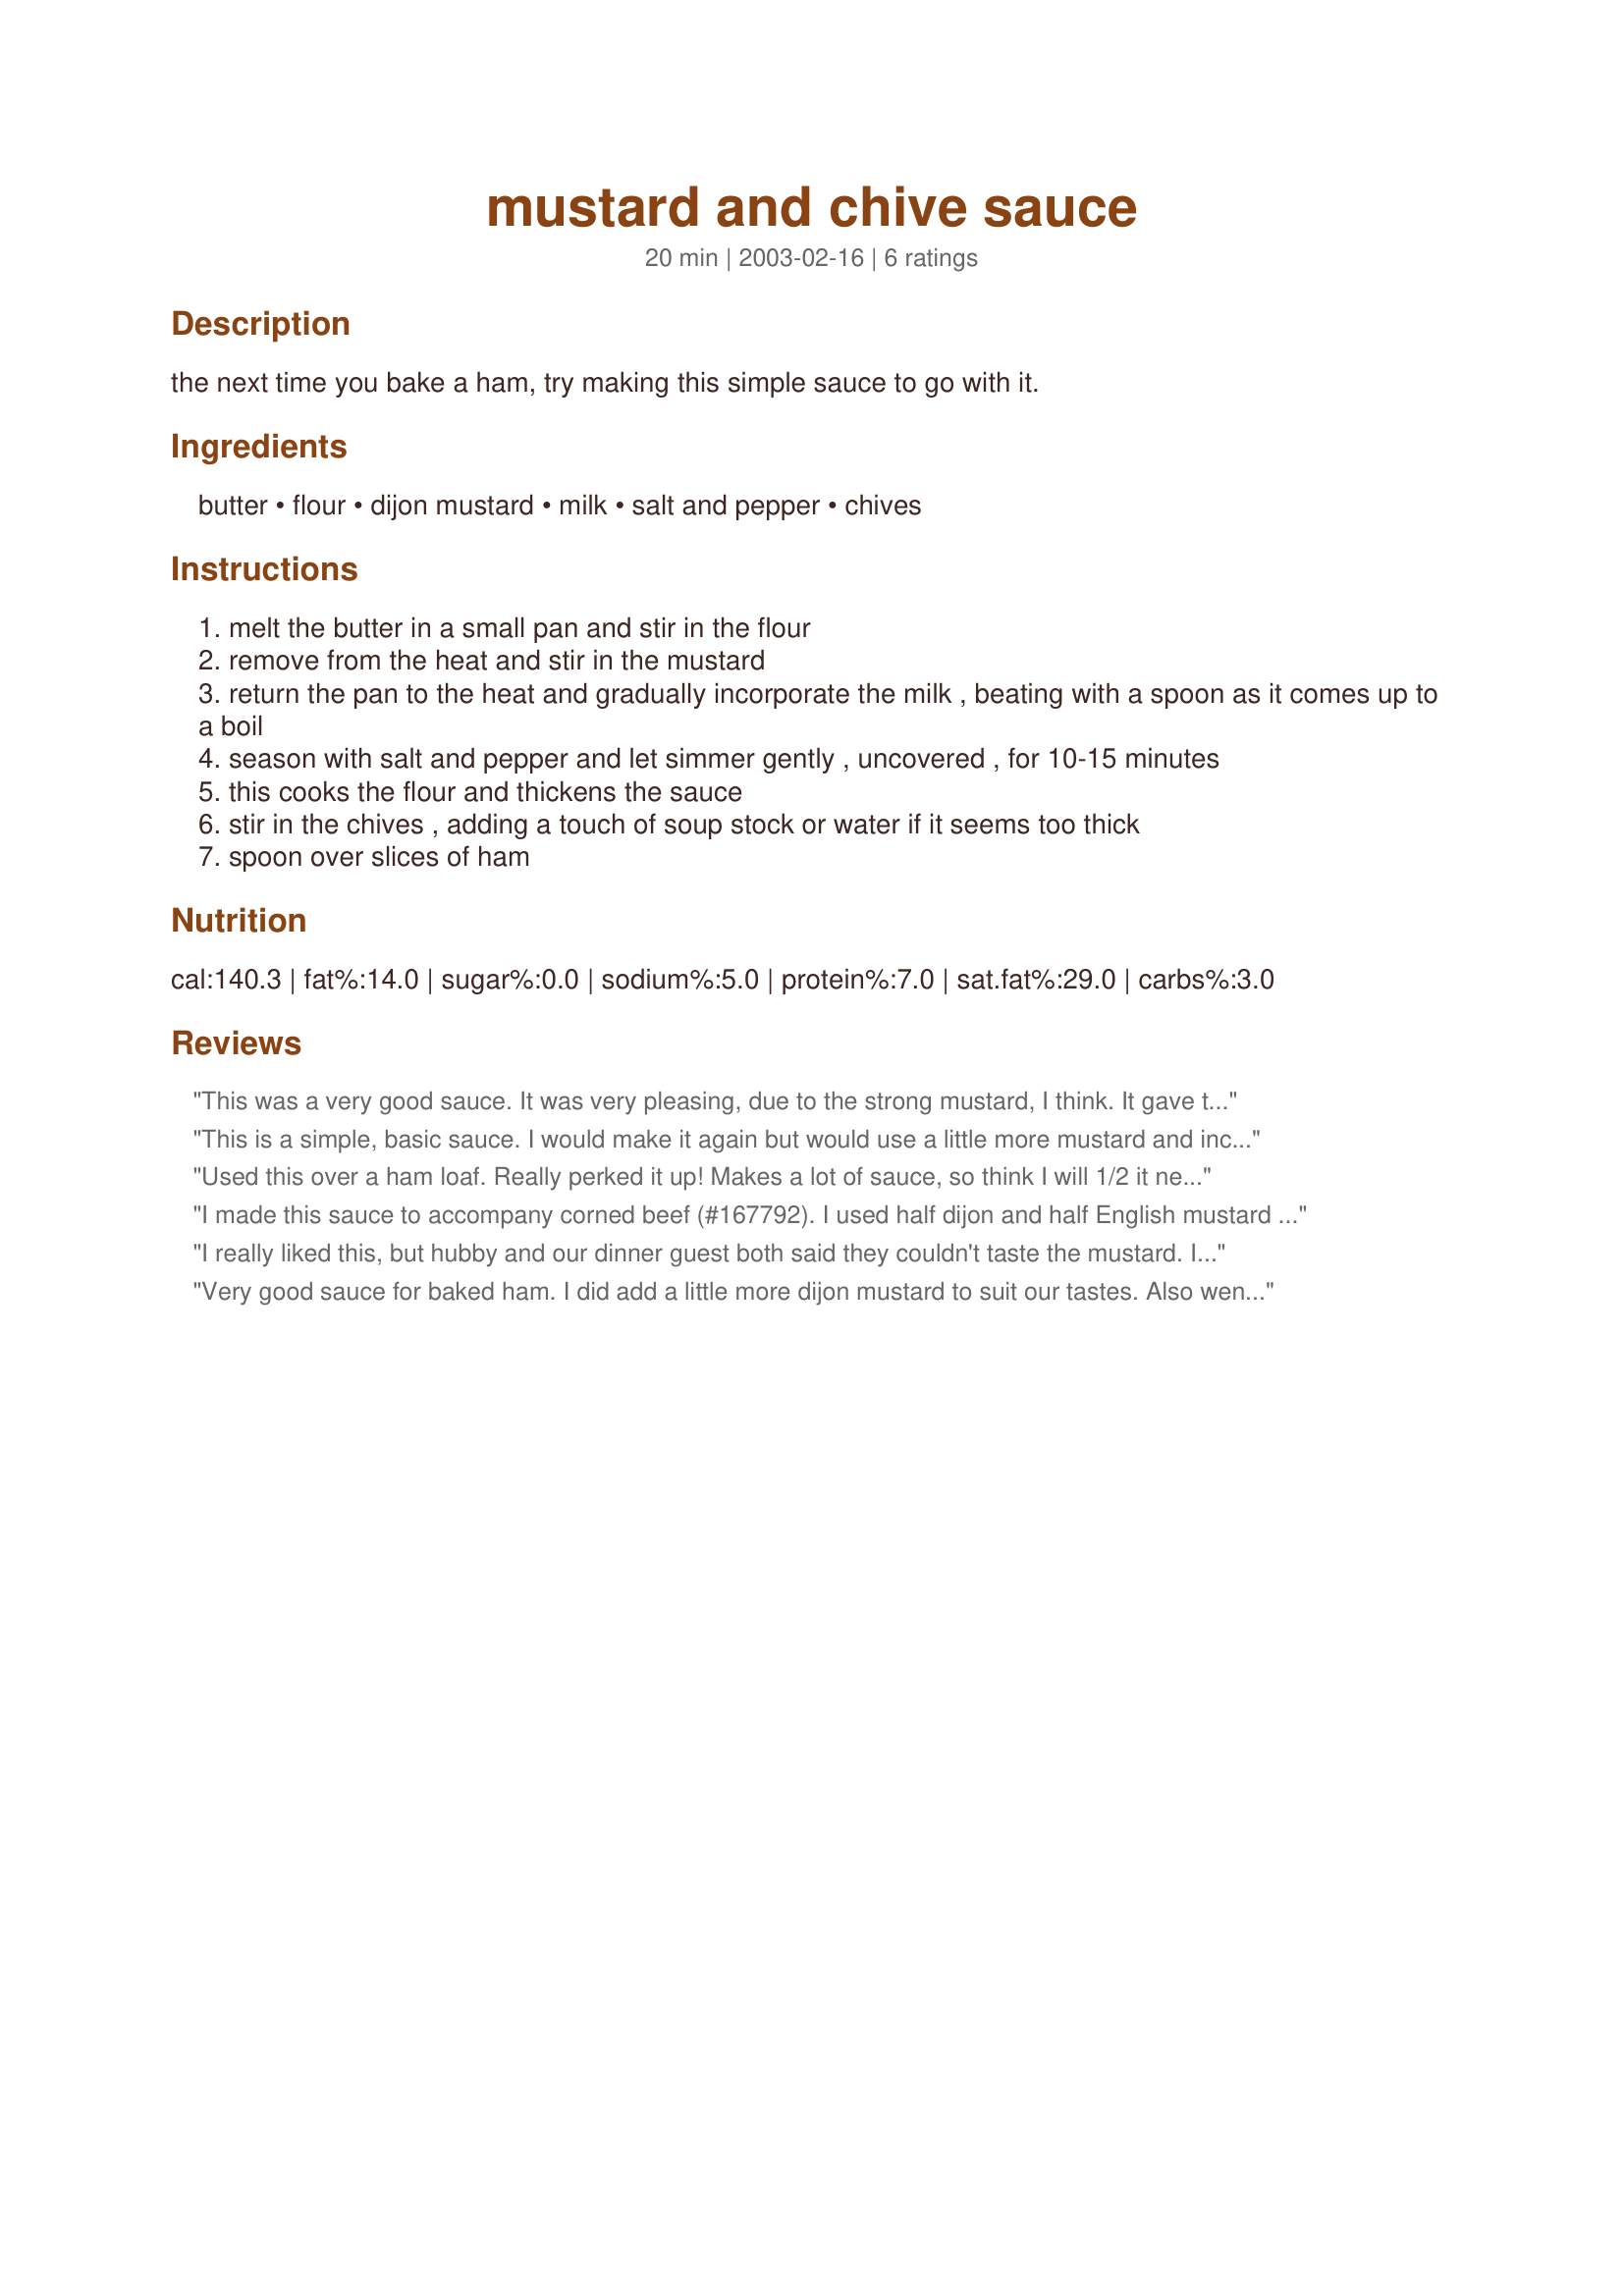
mustard and chive sauce
Preparation time: 20 minutes

the next time you bake a ham, try making this simple sauce to go with it.

Ingredients:
butter, flour, dijon mustard, milk, salt and pepper, chives

Steps:
melt the butter in a small pan and stir in the flour
remove from the heat and stir in the mustard
return the pan to the heat and gradually incorporate the milk , beating with a spoon as it comes up to a boil
season with salt and pepper and let simmer gently , uncovered , for 10-15 minutes
this cooks the flour and thickens the sauce
stir in the chives , adding a touch of soup stock or water if it seems too thick
spoon over slices of ham

Reviews:
This was a very good sauce. It was very pleasing, due to the strong mustard, I think. It gave the sauce some energy which balanced well with the mild ham. I used Dijon mustard this time, but I would love to try it with the English mustard. Fresh chives is an absolute must, the only way to go! Thanks for sharing this simple, but wonderful sauce recipe.
This is a simple, basic sauce. I would make it again but would use a little more mustard and include a few drops of hot sauce for a little more sparkle to the recipe.
Used this over a ham loaf. Really perked it up! Makes a lot of sauce, so think I will 1/2 it next time. Also, think I will use a bolder mustard, because Dijon is just too salty for us. Thnx for posting Sackville.
I made this sauce to accompany corned beef (#167792). I used half dijon and half English mustard - great flavour and very simple to make.
I really liked this, but hubby and our dinner guest both said they couldn't taste the mustard. I would make it again and add more mustard. It was a very nice accompaniment to corned beef. Thanks Sackville!
Very good sauce for baked ham. I did add a little more dijon mustard to suit our tastes. Also went well with the baked macaroni and cheese we had with the ham.
